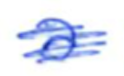
Text: a
Cross-out: scratch
Writing tool: ballpoint